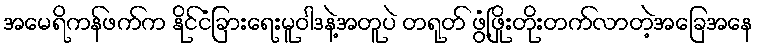
အမေရိကန်ဖက်က နိုင်ငံခြားရေးမူဝါဒနဲ့အတူပဲ တရုတ် ဖွံ့ဖြိုးတိုးတက်လာတဲ့အခြေအနေ